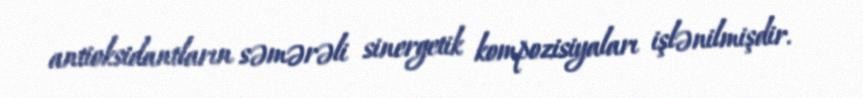
antioksidantların səmərəli sinergetik kompozisiyaları işlənilmişdir.